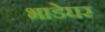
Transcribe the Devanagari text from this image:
भाडेघर